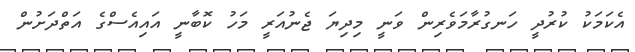
އެކަމަކު ކުރުދީ ހަނގުރާމަވެރިން ވަނީ މިދިޔަ ޖެނުއަރީ މަހު ކޮބާނީ އައިއެސްގެ އަތްދަށުން